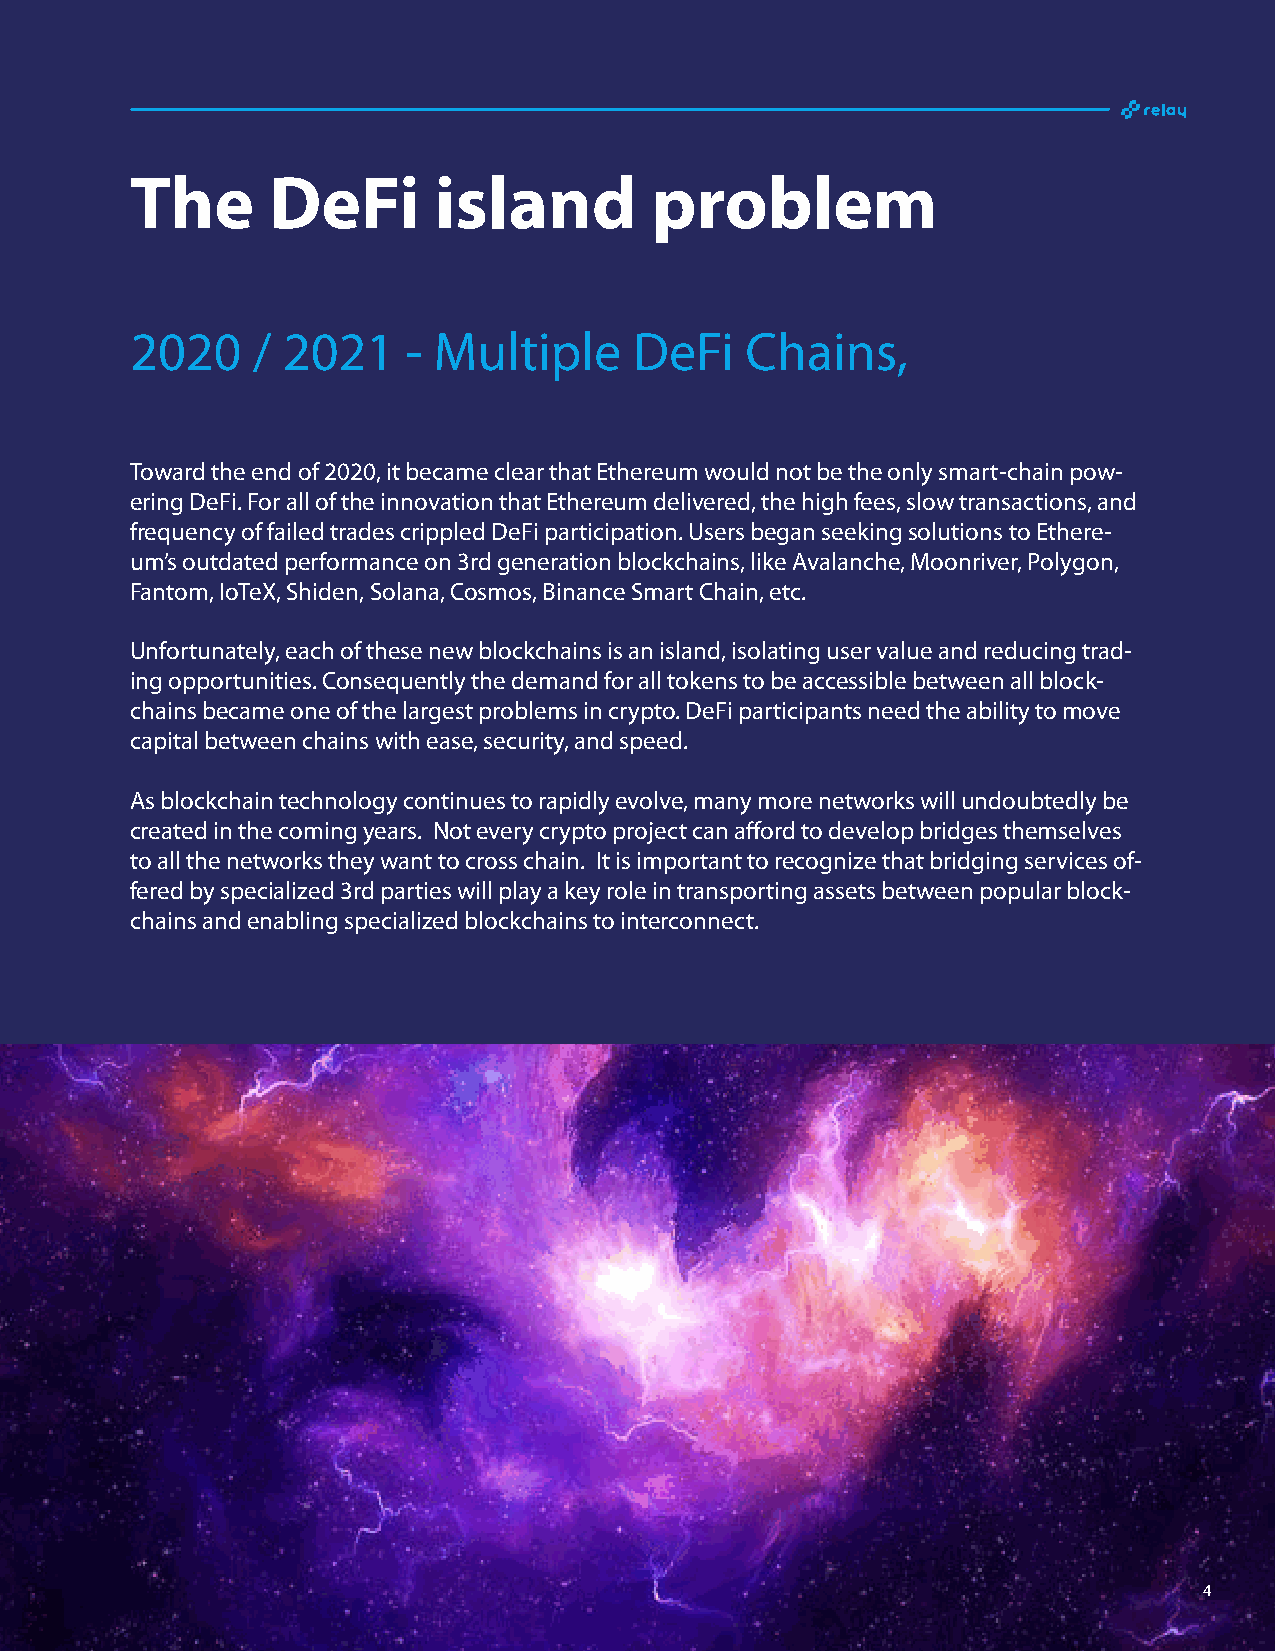
The      DeFi       island        problem
 2020    / 2021    - Multiple     DeFi   Chains,
 Toward the end of 2020, it became clear that Ethereum would not be the only smart-chain pow-
 ering DeFi. For all of the innovation that Ethereum delivered, the high fees, slow transactions, and
 frequency of failed trades crippled DeFi participation. Users began seeking solutions to Ethere-
 um’s outdated performance on 3rd generation blockchains, like Avalanche, Moonriver, Polygon,
 Fantom, IoTeX, Shiden, Solana, Cosmos, Binance Smart Chain, etc.
 Unfortunately, each of these new blockchains is an island, isolating user value and reducing trad-
 ing opportunities. Consequently the demand for all tokens to be accessible between all block-
 chains became one of the largest problems in crypto. DeFi participants need the ability to move
 capital between chains with ease, security, and speed.
 As blockchain technology continues to rapidly evolve, many more networks will undoubtedly be
 created in the coming years. Not every crypto project can afford to develop bridges themselves
 to all the networks they want to cross chain. It is important to recognize that bridging services of-
 fered by specialized 3rd parties will play a key role in transporting assets between popular block-
 chains and enabling specialized blockchains to interconnect.
 4